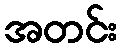
အတင်း